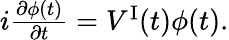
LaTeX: \begin{array}{r}{i\frac{\partial\phi(t)}{\partial t}=V^{\mathrm{I}}(t)\phi(t).}\end{array}